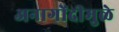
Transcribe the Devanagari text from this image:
अनागोंदीमुळे